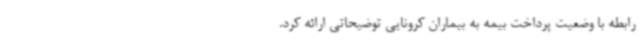
رابطه با وضعیت پرداخت بیمه به بیماران کرونایی توضیحاتی ارائه کرد.